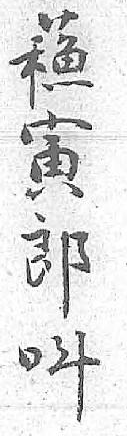
蘓呌寅 郎